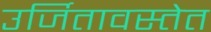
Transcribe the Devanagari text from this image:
उर्जितावस्तेत